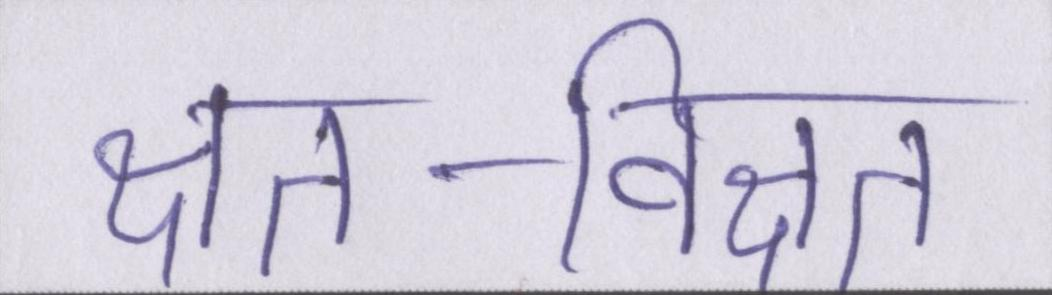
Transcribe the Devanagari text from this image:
क्षत-विक्षत